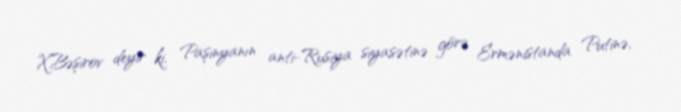
X.Bəşirov deyir ki, Paşinyanın anti-Rusiya siyasətinə görə Ermənistanda Putinə,